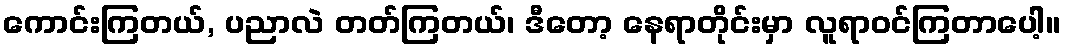
ကောင်းကြတယ်, ပညာလဲ တတ်ကြတယ်၊ ဒီတော့ နေရာတိုင်းမှာ လူရာဝင်ကြတာပေါ့။